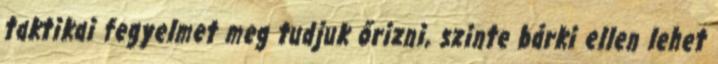
taktikai fegyelmet meg tudjuk őrizni, szinte bárki ellen lehet